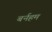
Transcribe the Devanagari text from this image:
बर्नहम